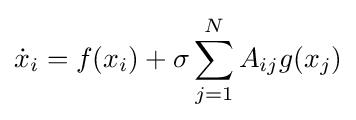
{\dot {x}}_{i}=f(x_{i})+\sigma \sum _{j=1}^{N}A_{ij}g(x_{j})